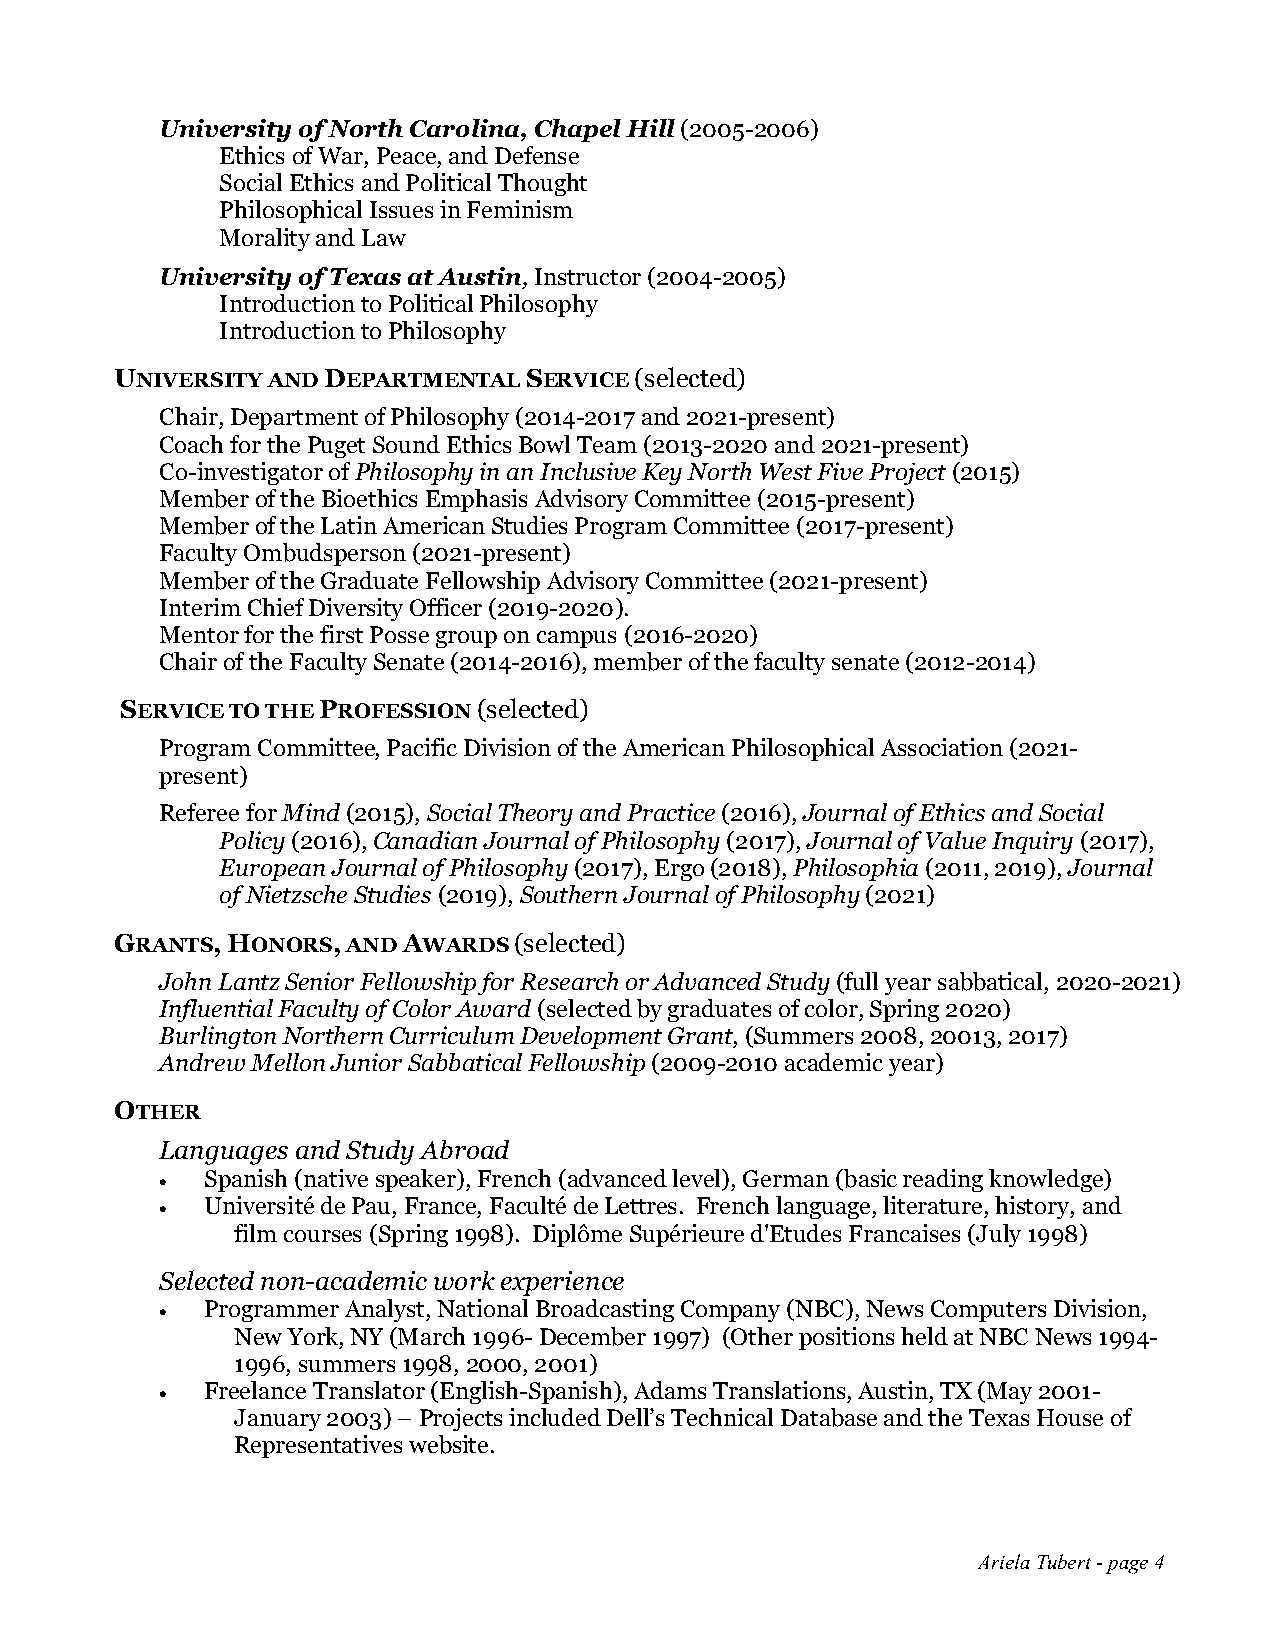
University of North Carolina, Chapel Hill (2005-2006)
 Ethics of War, Peace, and Defense
 Social Ethics and Political Thought
 Philosophical Issues in Feminism
 Morality and Law
 University of Texas at Austin, Instructor (2004-2005)
 Introduction to Political Philosophy
 Introduction to Philosophy
 UNIVERSITY AND DEPARTMENTAL SERVICE (selected)
 Chair, Department of Philosophy (2014-2017 and 2021-present)
 Coach for the Puget Sound Ethics Bowl Team (2013-2020 and 2021-present)
 Co-investigator of Philosophy in an Inclusive Key North West Five Project (2015)
 Member of the Bioethics Emphasis Advisory Committee (2015-present)
 Member of the Latin American Studies Program Committee (2017-present)
 Faculty Ombudsperson (2021-present)
 Member of the Graduate Fellowship Advisory Committee (2021-present)
 Interim Chief Diversity Officer (2019-2020).
 Mentor for the first Posse group on campus (2016-2020)
 Chair of the Faculty Senate (2014-2016), member of the faculty senate (2012-2014)
 SERVICE TO THE PROFESSION (selected)
 Program Committee, Pacific Division of the American Philosophical Association (2021-
 present)
 Referee for Mind (2015), Social Theory and Practice (2016), Journal of Ethics and Social
 Policy (2016), Canadian Journal of Philosophy (2017), Journal of Value Inquiry (2017),
 European Journal of Philosophy (2017), Ergo (2018), Philosophia (2011, 2019), Journal
 of Nietzsche Studies (2019), Southern Journal of Philosophy (2021)
 GRANTS, HONORS, AND AWARDS (selected)
 John Lantz Senior Fellowship for Research or Advanced Study (full year sabbatical, 2020-2021)
 Influential Faculty of Color Award (selected by graduates of color, Spring 2020)
 Burlington Northern Curriculum Development Grant, (Summers 2008, 20013, 2017)
 Andrew Mellon Junior Sabbatical Fellowship (2009-2010 academic year)
 OTHER
 Languages and Study Abroad
 •  Spanish (native speaker), French (advanced level), German (basic reading knowledge)
 •  Université de Pau, France, Faculté de Lettres. French language, literature, history, and
 film courses (Spring 1998). Diplôme Supérieure d'Etudes Francaises (July 1998)
 Selected non-academic work experience
 •  Programmer Analyst, National Broadcasting Company (NBC), News Computers Division,
 New York, NY (March 1996- December 1997) (Other positions held at NBC News 1994-
 1996, summers 1998, 2000, 2001)
 •  Freelance Translator (English-Spanish), Adams Translations, Austin, TX (May 2001-
 January 2003) – Projects included Dell’s Technical Database and the Texas House of
 Representatives website.
 Ariela Tubert - page 4